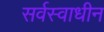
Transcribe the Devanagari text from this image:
सर्वस्वाधीन